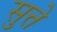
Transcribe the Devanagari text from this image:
सुत्ते